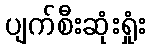
ပျက်စီးဆုံးရှုံး